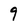
Character: 9